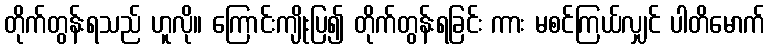
တိုက်တွန်းရသည် ဟူလို။ ကြောင်းကျိုးပြ၍ တိုက်တွန်းရခြင်း ကား မစင်ကြယ်လျှင် ပါတိမောက်